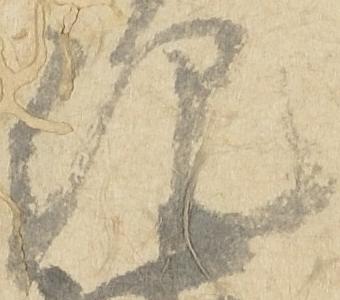
紀